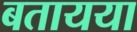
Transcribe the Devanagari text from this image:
बतायया